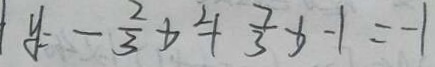
y = - \frac { 2 } { 3 } x ^ { 2 } + \frac { 7 } { 3 } x - 1 = - 1